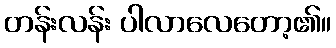
တန်းလန်း ပါလာလေတော့၏။